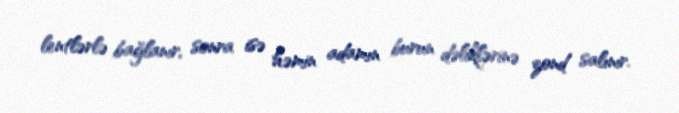
lentlərlə bağlanır, sonra isə həmin adamın burun dəliklərinə zond salınır.